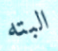
البته